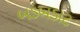
બડબડાટ